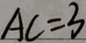
A C = 3